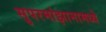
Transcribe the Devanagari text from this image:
सुपरमांझानामध्ये